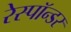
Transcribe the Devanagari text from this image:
रेस्पॉन्डर